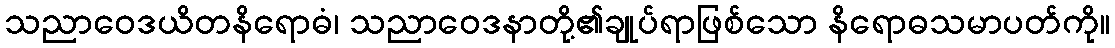
သညာဝေဒယိတနိရောဓံ၊ သညာဝေဒနာတို့၏ချုပ်ရာဖြစ်သော နိရောဓသမာပတ်ကို။